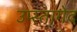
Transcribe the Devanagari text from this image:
उप्स्तागेद